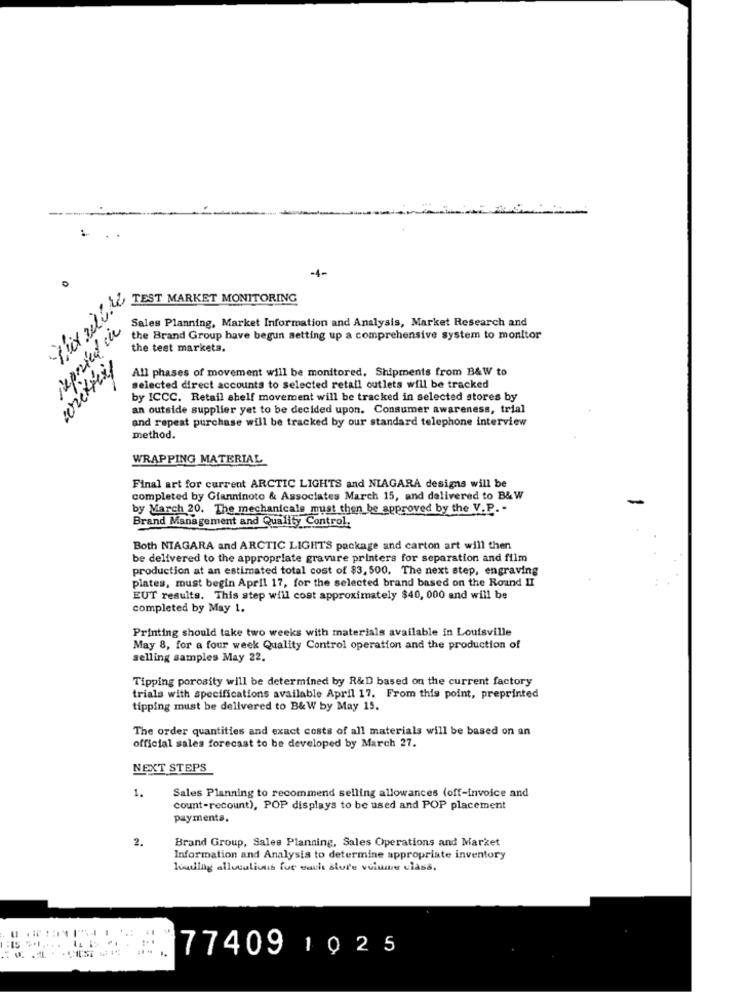
..
-1-
flix gli LAST MARKET MONITORING
Sales Planning, Market Information and Analysis, Market Research and
inpried in
the Brand Group have begun setting up a comprehensive system to monitor
the test markets.
All phases of movement will be monitored, Shipments from B&W to
selected direct accounts to selected retail outlets will be tracked
by ICCC. Retail shelf movement will be tracked in selected stores by
an outside supplier yet to be decided upon. Consumer awareness, trial
and repeat purchase will be tracked by our standard telephone interview
method.
WRAPPING MATERIAL
Final art for current ARCTIC LIGHTS and NIAGARA designs will be
completed by Gianninoto & Associates March 15, and delivered to B&W
by March 20. The mechanicale must then be approved by the V.P. -
Brand Management and Quality Control.
Both NIAGARA and ARCTIC LIGHTS package and carton art will then
be delivered to the appropriate gravure printers for separation and film
production at an estimated total cost of $3, 500. The next step, engraving
plates, must begin April 17, for the selected brand based on the Round II
EUT results. This step will cost approximately $40, 000 and will be
completed by May 1.
Printing should take two weeks with materials available in Louisville
May 8, for a four week Quality Control operation and the production of
selling samples May 22.
Tipping porosity will be determined by R&D based on the current factory
trials with specifications available April 17. From this point, preprinted
tipping must be delivered to B&W by May 15.
The order quantities and exact costs of all materials will be based on an
official sales forecast to be developed by March 27.
NEXT STEPS
1.
Sales Planning to recommend selling allowances (off-invoice and
count-recount), POP displays to be used and POP placement
payments.
2.
Brand Group, Sales Planning, Sales Operations and Market
Information and Analysis to determine appropriate inventory
hosting allocations for each store volume class.
77409 1025